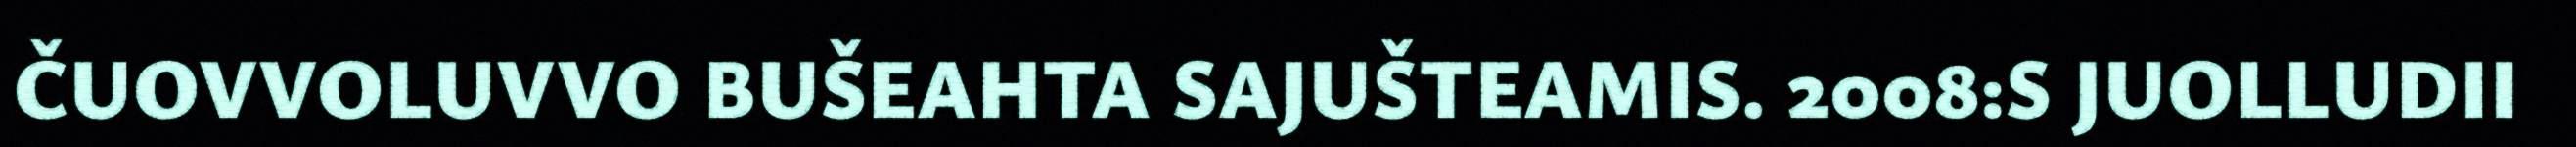
ČUOVVOLUVVO BUŠEAHTA SAJUŠTEAMIS. 2008:S JUOLLUDII